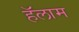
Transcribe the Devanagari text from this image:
हॅलाम